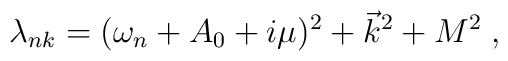
\lambda_{nk}=(\omega_n + A_0 +i\mu)^2+\vec k^2+M^2\;,